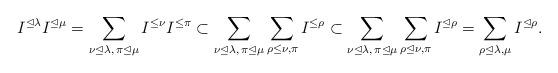
LaTeX: \begin{align*}I^{\unlhd\lambda}I^{\unlhd\mu}=\sum_{\nu\unlhd\lambda,\,\pi\unlhd\mu}I^{\le\nu}I^{\le\pi}\subset\sum_{\nu\unlhd\lambda,\,\pi\unlhd\mu}\sum_{\rho\le\nu,\pi}I^{\le\rho}\subset\sum_{\nu\unlhd\lambda,\,\pi\unlhd\mu}\sum_{\rho\unlhd\nu,\pi}I^{\unlhd\rho}=\sum_{\rho\unlhd\lambda,\mu}I^{\unlhd\rho}.\end{align*}